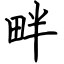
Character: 畔